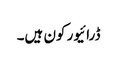
ڈرائیور کون ہیں۔